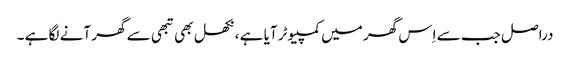
دراصل جب سے اِس گھر میں کمپیوٹر آیا ہے ، نکھل بھی تبھی سے گھر آنے لگا ہے ۔